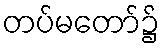
တပ်မတော်၌